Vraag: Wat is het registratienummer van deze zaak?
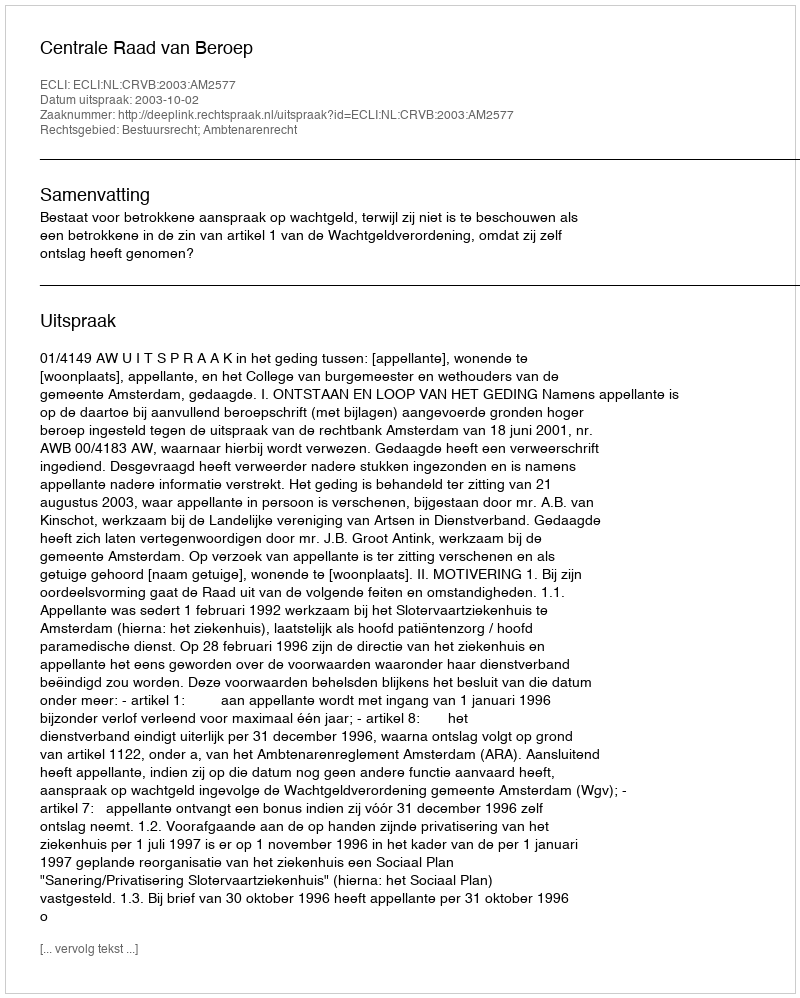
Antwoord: http://deeplink.rechtspraak.nl/uitspraak?id=ECLI:NL:CRVB:2003:AM2577